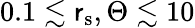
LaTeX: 0.1\lesssim{\mathsf{r}}_{\mathrm{{s}}},\Theta\lesssim10